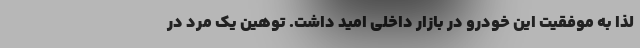
لذا به موفقیت این خودرو در بازار داخلی امید داشت. توهین یک مرد در